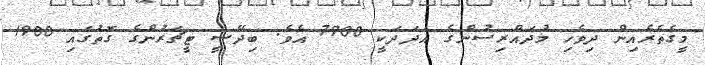
މީގެތެރެއިން ދިވެހި މުދައްރިސުންގެ އަދަދަކީ 7900 އެވެ. ބިދޭސީ ޓީޗަރުންގެ ގޮތުގައި 1900